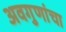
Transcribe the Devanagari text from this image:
अवगुणांचा